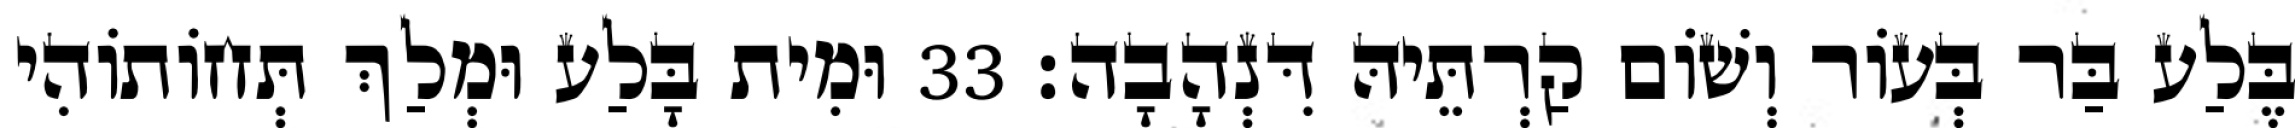
בֶּלַע בַּר בְּעוֹר וְשׁוֹם קַרְתֵּיהּ דִּנְהָבָה׃ 33 וּמִית בָּלַע וּמְלַךְ תְּחוֹתוֹהִי